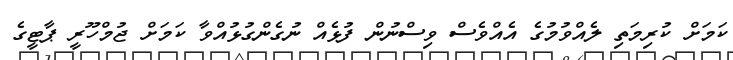
ކަމަށް ކުރިމަތި ލެއްވުމުގެ އެއްވެސް ވިސްނުން ފުޅެއް ނުގެންގުޅުއްވާ ކަމަށް ޖުމްހޫރީ ޕާޓީގެ